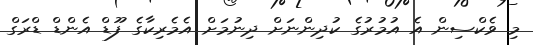
މި ވެކްސިން އެ އުމުރުގެ ކުދިންނަށް ދިނުމަށް އެމެރިކާގެ ފޫޑް އެންޑް ޑްރަގް